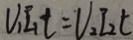
V _ { 1 } I _ { 1 } t = V _ { 2 } I _ { 2 } t